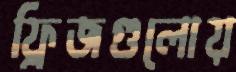
ফ্রিজগুলোয়